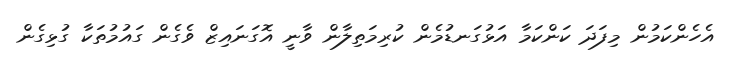
އެހެންކަމުން މިފަދަ ކަންކަމާ އަޅުގަނޑުމެން ކުރިމަތިލާން ވާނީ އޮގަނައިޒް ވެގެން ގައުމުތަކާ ގުޅިގެން